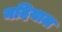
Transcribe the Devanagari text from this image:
नदियाल